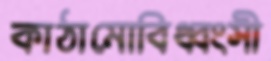
কাঠামোবিধ্বংসী